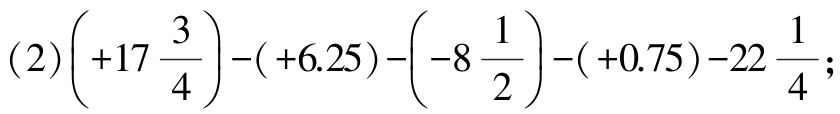
\((2)\left( + 17\frac{3}{4}\right)-( + 6.25)-\left(-8\frac{1}{2}\right)-( + 0.75)-22\frac{1}{4}\);